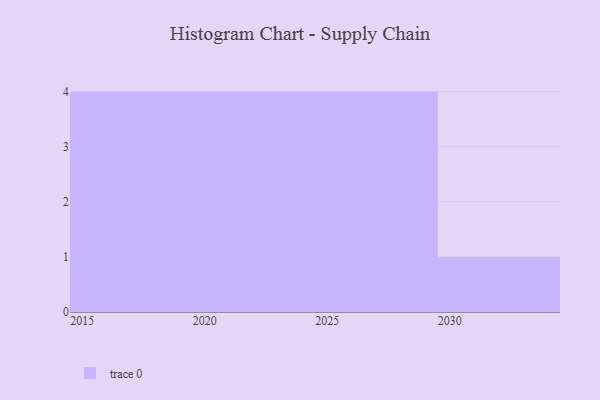
{"axis": {"x": "Year", "y": "Market Share (%)"}, "legend": [""], "data": [{"x": "2028", "y": 47, "type": ""}, {"x": "2022", "y": 84, "type": ""}, {"x": "2019", "y": 27, "type": ""}, {"x": "2016", "y": 81, "type": ""}, {"x": "2029", "y": 41, "type": ""}, {"x": "2030", "y": 83, "type": ""}, {"x": "2027", "y": 87, "type": ""}, {"x": "2023", "y": 20, "type": ""}, {"x": "2021", "y": 60, "type": ""}, {"x": "2018", "y": 56, "type": ""}, {"x": "2015", "y": 33, "type": ""}, {"x": "2025", "y": 67, "type": ""}, {"x": "2020", "y": 60, "type": ""}]}